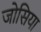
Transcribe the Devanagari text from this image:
जोसिया